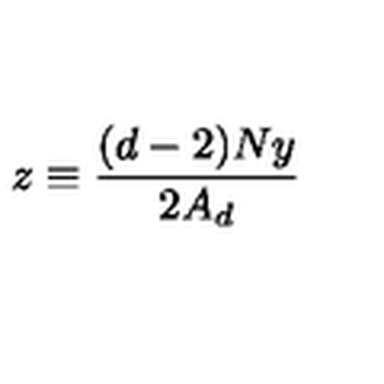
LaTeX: z \equiv \frac { ( d - 2 ) N y } { 2 A _ { d } }